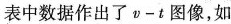
表中数据作出了v-t图像，如